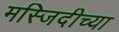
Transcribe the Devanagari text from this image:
मस्जिदीच्या